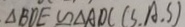
\Delta B D E \cong \Delta A D C ( S . A . S )